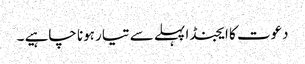
دعوت کا ایجنڈا پہلے سے تیار ہونا چاہیے ۔